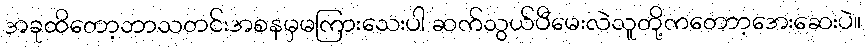
အခုထိတော့ဘာသတင်းအစနမှမကြားသေးပါ ဆက်သွယ်ပီမေးလဲသူတို့ကတောာ့အေးဆေးပဲ။